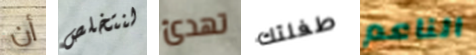
أن لنتخلص تهدئ طفلتك الناعم